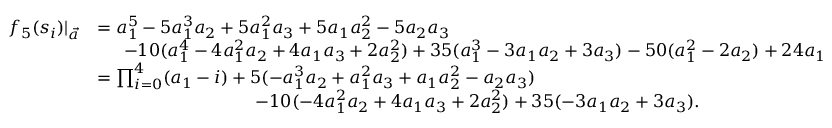
\begin{array} { r l } { f _ { 5 } ( s _ { i } ) | _ { \vec { a } } } & { = a _ { 1 } ^ { 5 } - 5 a _ { 1 } ^ { 3 } a _ { 2 } + 5 a _ { 1 } ^ { 2 } a _ { 3 } + 5 a _ { 1 } a _ { 2 } ^ { 2 } - 5 a _ { 2 } a _ { 3 } } \\ & { \, \, \, \, \, \, \, \, \, - 1 0 ( a _ { 1 } ^ { 4 } - 4 a _ { 1 } ^ { 2 } a _ { 2 } + 4 a _ { 1 } a _ { 3 } + 2 a _ { 2 } ^ { 2 } ) + 3 5 ( a _ { 1 } ^ { 3 } - 3 a _ { 1 } a _ { 2 } + 3 a _ { 3 } ) - 5 0 ( a _ { 1 } ^ { 2 } - 2 a _ { 2 } ) + 2 4 a _ { 1 } } \\ & { = \prod _ { i = 0 } ^ { 4 } ( a _ { 1 } - i ) + 5 ( - a _ { 1 } ^ { 3 } a _ { 2 } + a _ { 1 } ^ { 2 } a _ { 3 } + a _ { 1 } a _ { 2 } ^ { 2 } - a _ { 2 } a _ { 3 } ) } \\ & { \, \, \, \, \, \, \, \, \, \, \, \, \, \, \, \, \, \, \, \, \, \, \, \, \, \, \, \, \, \, \, \, \, \, \, \, \, \, \, \, \, \, \, \, \, \, \, \, \, \, \, \, \, \, - 1 0 ( - 4 a _ { 1 } ^ { 2 } a _ { 2 } + 4 a _ { 1 } a _ { 3 } + 2 a _ { 2 } ^ { 2 } ) + 3 5 ( - 3 a _ { 1 } a _ { 2 } + 3 a _ { 3 } ) . } \end{array}